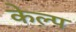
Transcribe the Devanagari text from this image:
केल्प